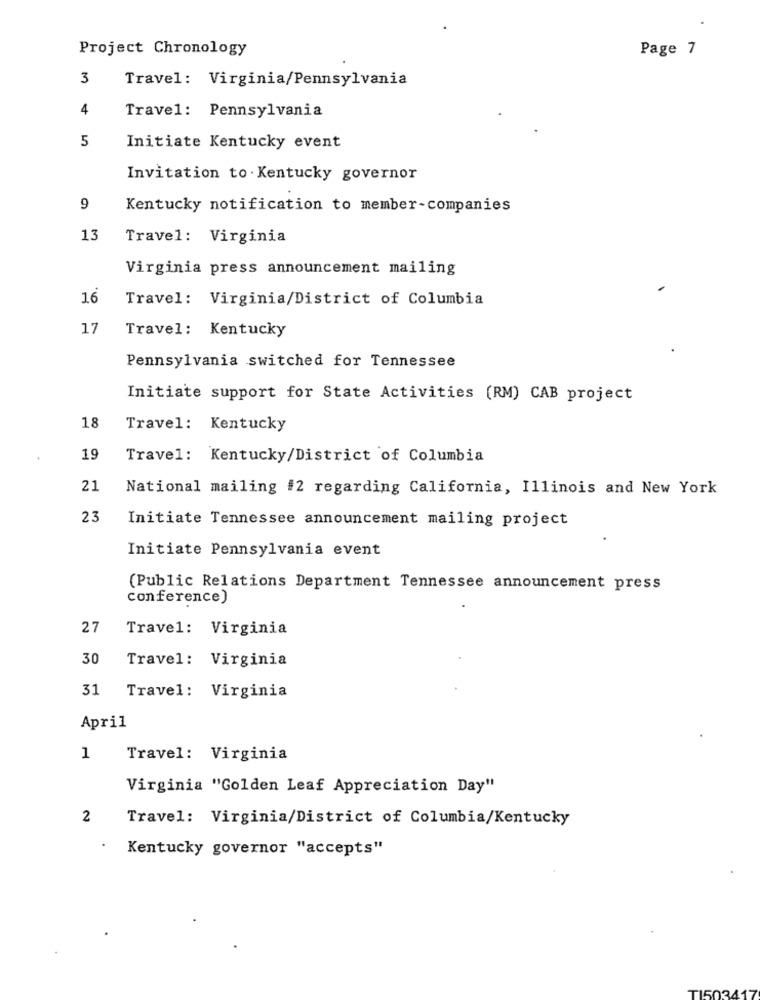
Project Chronology
Page 7
3
Travel: Virginia/Pennsylvania
4
Travel: Pennsylvania
5
Initiate Kentucky event
Invitation to . Kentucky governor
9
Kentucky notification to member-companies
13
Travel: Virginia
Virginia press announcement mailing
16
Travel: Virginia/District of Columbia
17
Travel: Kentucky
Pennsylvania switched for Tennessee
Initiate support for State Activities (RM) CAB project
18
Travel: Kentucky
19
Travel: Kentucky/District of Columbia
21
National mailing #2 regarding California, Illinois and New York
23
Initiate Tennessee announcement mailing project
Initiate Pennsylvania event
(Public Relations Department Tennessee announcement press
conference)
27
Travel: Virginia
30
Travel: Virginia
31
Travel: Virginia
April
1
Travel: Virginia
Virginia "Golden Leaf Appreciation Day"
2
Travel: Virginia/District of Columbia/Kentucky
Kentucky governor "accepts"
T15034